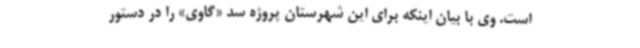
است. وی با بیان اینکه برای این شهرستان پروژه سد «گاوی» را در دستور